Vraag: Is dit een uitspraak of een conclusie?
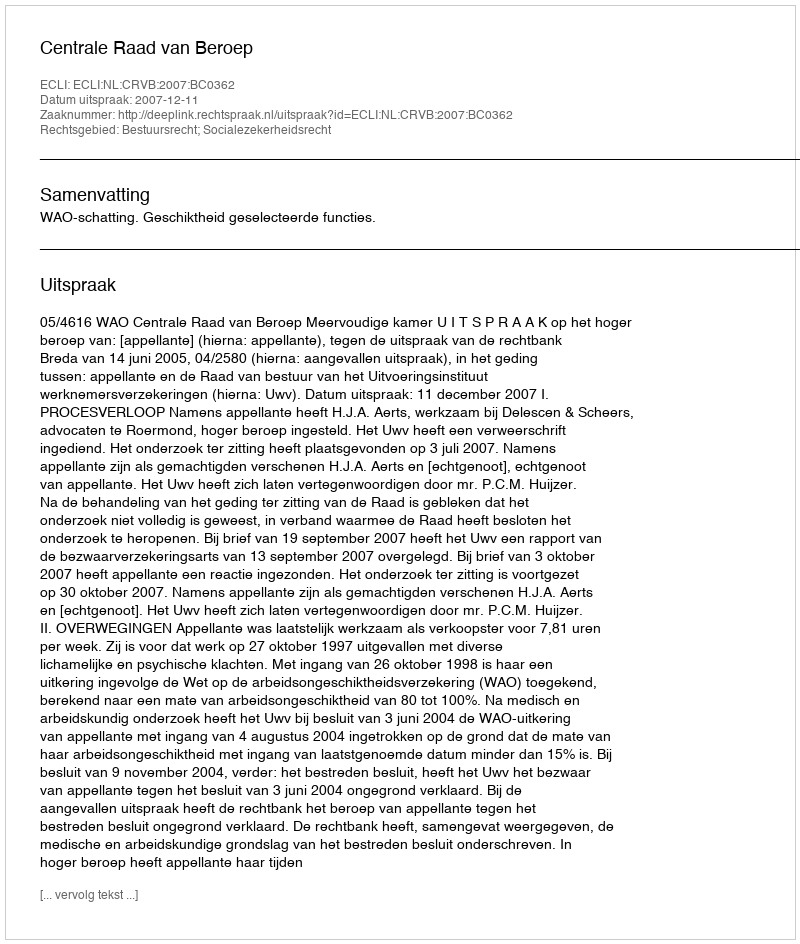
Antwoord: Uitspraak